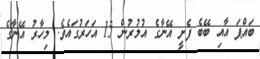
ބައްޕަ އާއި ބޭބެ ފެށީ އޭނާގެ އުމުރުން 15 އަހަރުގައެވެ. މިހާރު އޭނާގެ